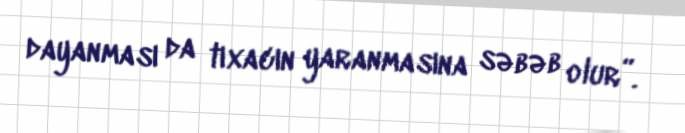
dayanması da tıxacın yaranmasına səbəb olur”.